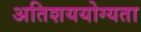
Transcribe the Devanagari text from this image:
अतिशययोग्यता